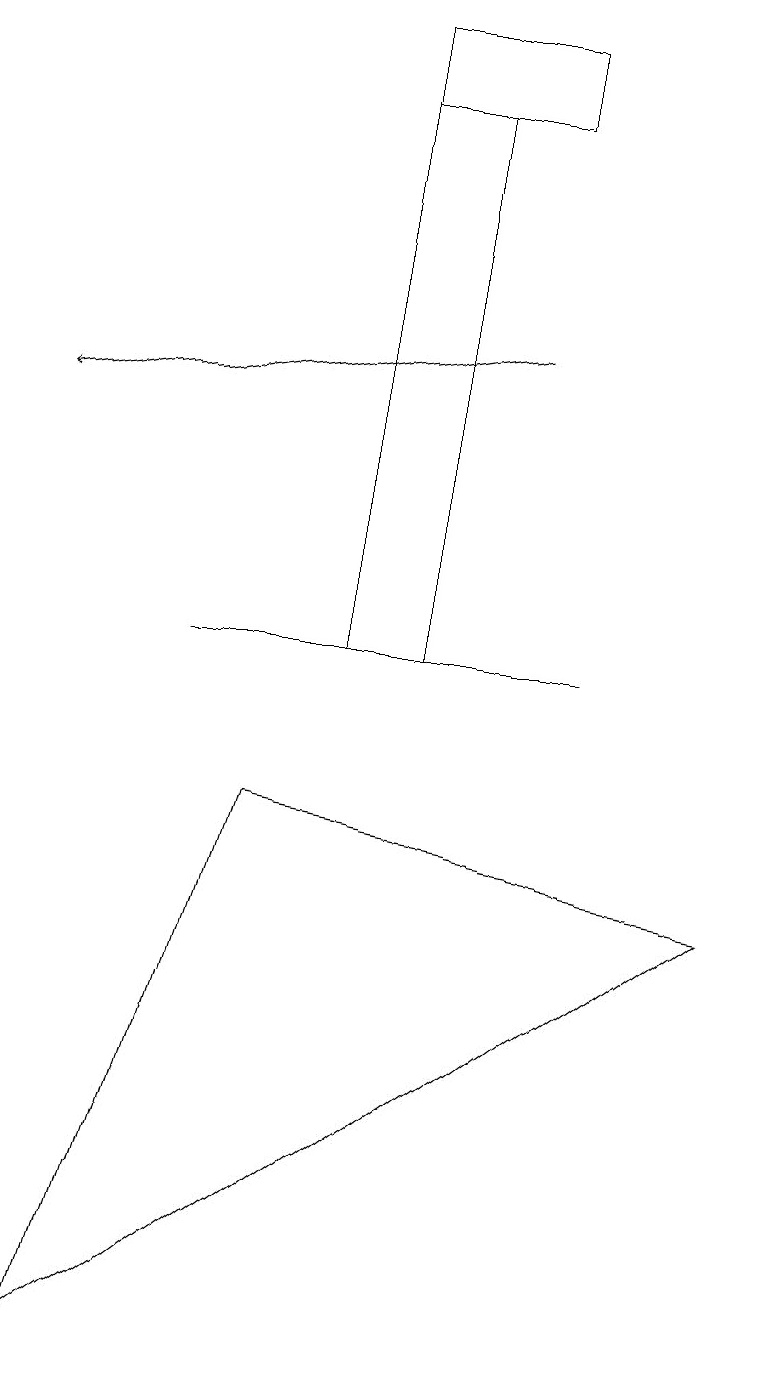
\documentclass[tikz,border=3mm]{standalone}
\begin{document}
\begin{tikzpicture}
\draw (1,2) -- (3,9) -- (9,8) -- cycle;
\draw (2,11) rectangle (7,11);
\draw (5,11) rectangle (4,18);
\draw (6,18) rectangle (4,19);
\draw[->] (6,15) -- (0,14);
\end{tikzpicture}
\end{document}